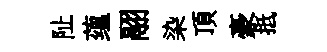
阯蕴翮染頂豪抵